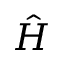
\hat { H }